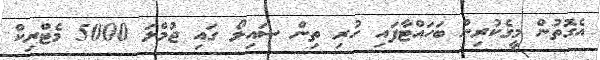
އެގޮތުން މީގެކުރިން ބަހައްޓާފައި ހުރި ތިން ސައިލޯ ގައި ޖުމްލަ 5000 މެޓްރިކް